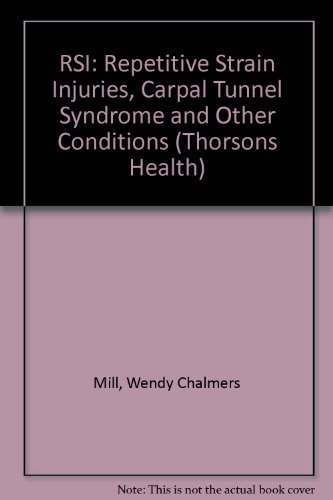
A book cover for Rsi: Repetitive Strain Injury : Repetitive Strain Injury, Carpal Tunnel Syndrome and Other Office Numbers (Thorsons Health); Wendy Chalmers Mill; Health, Fitness & Dieting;